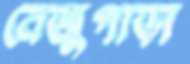
বেজুপাড়া